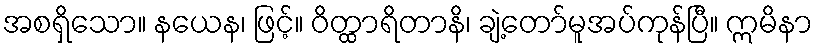
အစရှိသော။ နယေန၊ ဖြင့်။ ဝိတ္ထာရိတာနိ၊ ချဲ့တော်မူအပ်ကုန်ပြီ။ ဣမိနာ